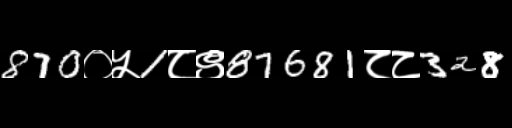
Text: 870०५1८९87681८८328